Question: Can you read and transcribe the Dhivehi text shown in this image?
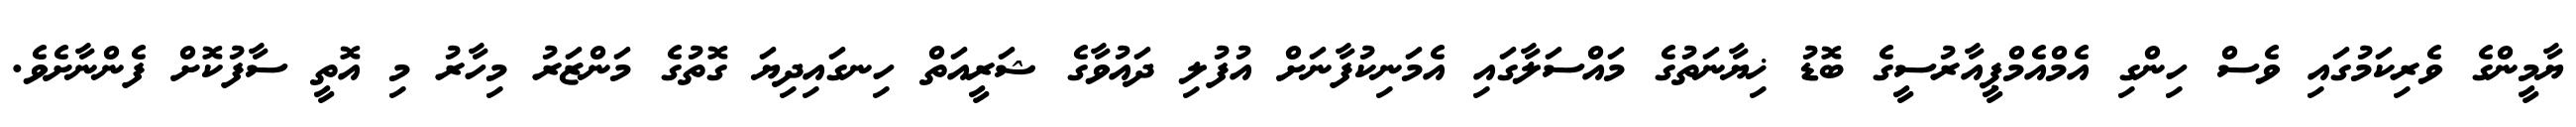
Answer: ޔާމީންގެ ވެރިކަމުގައި ވެސް ހިންގި އެމްއެމްޕީއާރުސީގެ ބޮޑު ޚިޔާނަތުގެ މައްސަލާގައި އެމަނިކުފާނަށް އުފުލި ދައުވާގެ ޝަރީއަތް ހިނގައިދިޔަ ގޮތުގެ މަންޒަރު މިހާރު މި އޮތީ ސާފުކޮށް ފެންނާށެވެ.